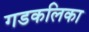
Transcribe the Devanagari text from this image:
गडकलिका